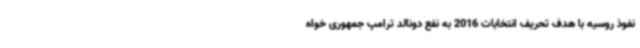
نفوذ روسیه با هدف تحریف انتخابات 2016 به نفع دونالد ترامپ جمهوری خواه